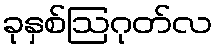
ခုနှစ်ဩဂုတ်လ